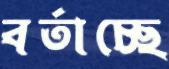
বর্তাচ্ছে